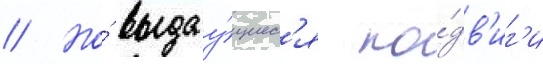
// Но́ выдау́щиес'я по́дв'иг'и